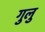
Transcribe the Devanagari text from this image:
गुलु